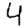
Digit: 4